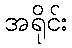
အရိုင်း